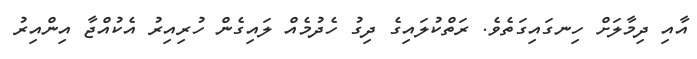
އާއި ދިމާލަށް ހިނގައިގަތެވެ. ރަތްކުލައިގެ ދިގު ހެދުމެއް ލައިގެން ހުރިއިރު އެކުއްޖާ އިންއިރު